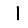
Digit: 1